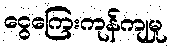
ငွေကြေးကုန်ကျမှု